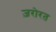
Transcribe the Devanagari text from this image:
ज़रोरत